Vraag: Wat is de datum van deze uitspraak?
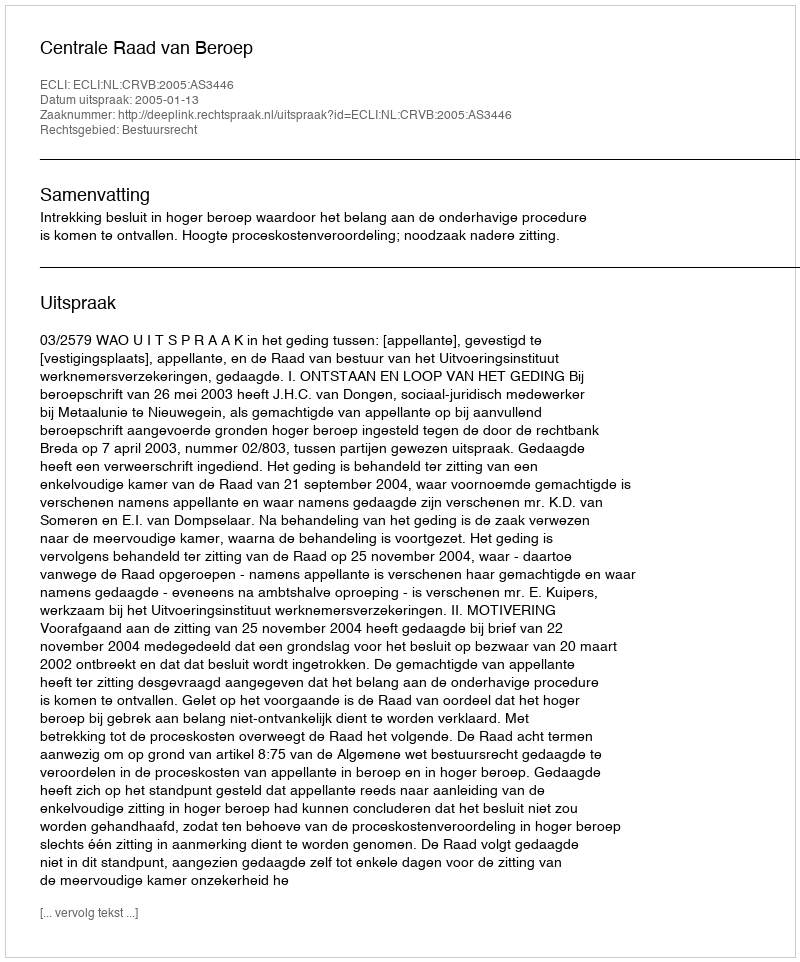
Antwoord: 2005-01-13